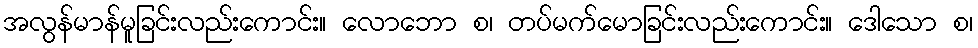
အလွန်မာန်မူခြင်းလည်းကောင်း။ လောဘော စ၊ တပ်မက်မောခြင်းလည်းကောင်း။ ဒေါသော စ၊